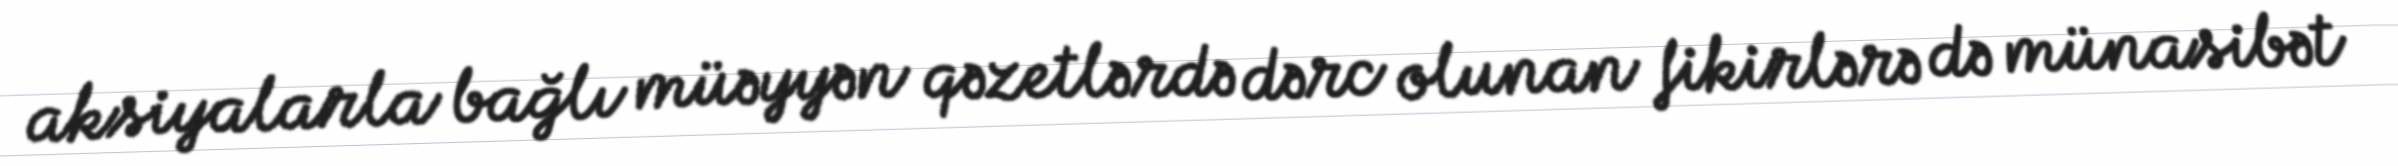
aksiyalarla bağlı müəyyən qəzetlərdə dərc olunan fikirlərə də münasibət